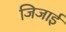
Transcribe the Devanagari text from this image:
जिजाई